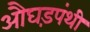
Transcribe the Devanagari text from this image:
औघड़पंथी